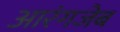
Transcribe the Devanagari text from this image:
आरंगजेब